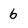
Character: 6